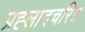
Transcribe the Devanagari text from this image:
प्रह्लादचरित्र